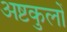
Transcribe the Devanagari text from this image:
अष्टकुलों